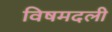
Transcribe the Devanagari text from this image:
विषमदली